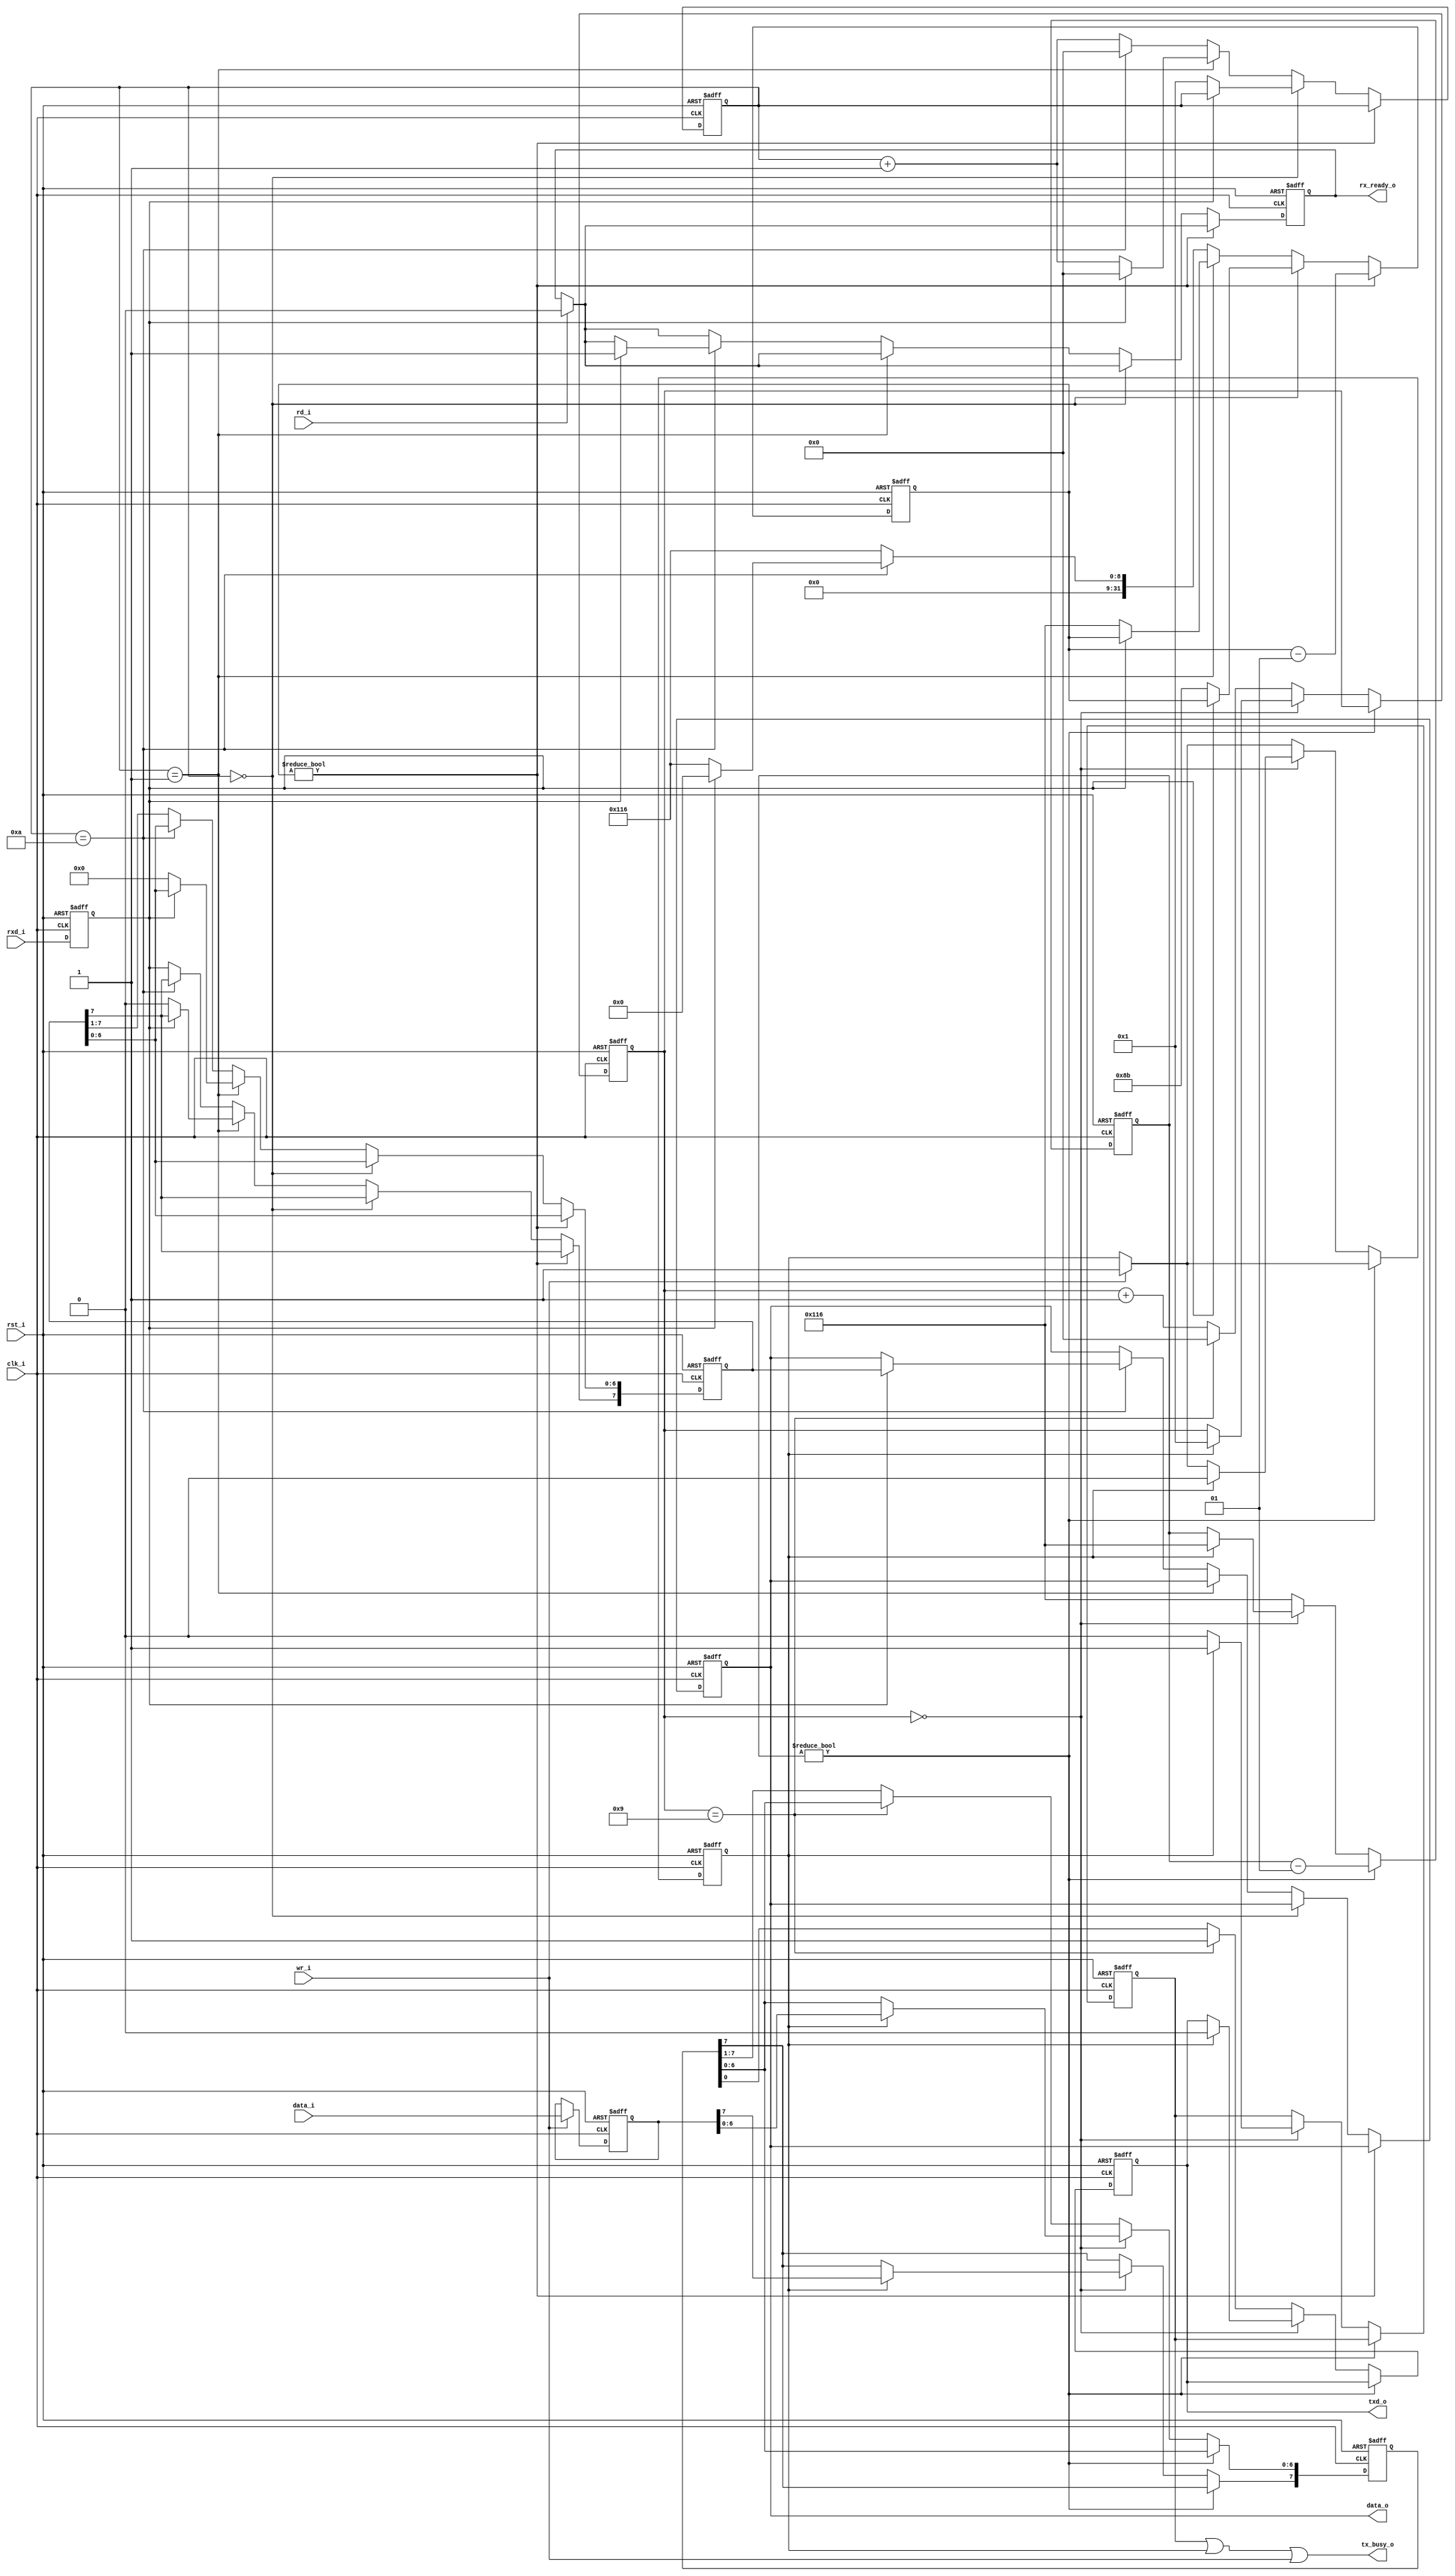
//-----------------------------------------------------------------
//                           AltOR32 
//              Alternative Lightweight OpenRisc 
//                     Ultra-Embedded.com
//                   Copyright 2011 - 2013
//
//
//                       License: LGPL
//
// If you would like a version with a different license for use 
// in commercial projects please contact the above email address 
// for more details.
//-----------------------------------------------------------------
//
// Copyright (C) 2011 - 2013 Ultra-Embedded.com
//
// This source file may be used and distributed without         
// restriction provided that this copyright statement is not    
// removed from the file and that any derivative work contains  
// the original copyright notice and the associated disclaimer. 
//
// This source file is free software; you can redistribute it   
// and/or modify it under the terms of the GNU Lesser General   
// Public License as published by the Free Software Foundation; 
// either version 2.1 of the License, or (at your option) any   
// later version.                                               
//
// This source is distributed in the hope that it will be       
// useful, but WITHOUT ANY WARRANTY; without even the implied   
// warranty of MERCHANTABILITY or FITNESS FOR A PARTICULAR      
// PURPOSE.  See the GNU Lesser General Public License for more 
// details.                                                     
//
// You should have received a copy of the GNU Lesser General    
// Public License along with this source; if not, write to the 
// Free Software Foundation, Inc., 59 Temple Place, Suite 330, 
// Boston, MA  02111-1307  USA
//-----------------------------------------------------------------

//-----------------------------------------------------------------
// Module:
//-----------------------------------------------------------------
module uart
(
    // Clock & Reset
    clk_i,
    rst_i,
    // Status
    tx_busy_o,
    rx_ready_o,
    // Data
    data_i,
    wr_i,
    data_o,
    rd_i,
    // UART pins
    rxd_i,
    txd_o
);
//-----------------------------------------------------------------
// Params
//-----------------------------------------------------------------
parameter  [31:0]    UART_DIVISOR = 278;

//-----------------------------------------------------------------
// I/O
//-----------------------------------------------------------------
input               clk_i /*verilator public*/;
input               rst_i /*verilator public*/;
input [7:0]         data_i /*verilator public*/;
output [7:0]        data_o /*verilator public*/;
input               wr_i /*verilator public*/;
input               rd_i /*verilator public*/;
output              tx_busy_o /*verilator public*/;
output              rx_ready_o /*verilator public*/;
input               rxd_i /*verilator public*/;
output              txd_o /*verilator public*/;

//-----------------------------------------------------------------
// Registers
//-----------------------------------------------------------------
parameter           FULL_BIT = UART_DIVISOR;
parameter           HALF_BIT = (FULL_BIT / 2);

// TX Signals
reg [7:0]           tx_buf;
reg                 tx_buf_full;
reg                 tx_busy;
reg [3:0]           tx_bits;
integer             tx_count;
reg [7:0]           tx_shift_reg;
reg                 txd_o;

// RX Signals
reg                 i_rxd;
reg [7:0]           data_o;
reg [3:0]           rx_bits;
integer             rx_count;
reg [7:0]           rx_shift_reg;
reg                 rx_ready_o;

//-----------------------------------------------------------------
// Re-sync RXD
//-----------------------------------------------------------------
always @ (posedge rst_i or posedge clk_i )
begin
   if (rst_i == 1'b1)
       i_rxd <= 1'b1;
   else
       i_rxd <= rxd_i;
end

//-----------------------------------------------------------------
// RX Process
//-----------------------------------------------------------------
always @ (posedge clk_i or posedge rst_i )
begin
   if (rst_i == 1'b1)
   begin
       rx_bits      <= 0;
       rx_count     <= 0;
       rx_ready_o   <= 1'b0;
       rx_shift_reg <= 8'h00;
       data_o       <= 8'h00;
   end
   else
   begin

       // If reading data, reset data ready state
       if (rd_i == 1'b1)
           rx_ready_o <= 1'b0;

       // Rx bit timer
       if (rx_count != 0)
           rx_count    <= (rx_count - 1);
       else
       begin
           //-------------------------------
           // Start bit detection
           //-------------------------------
           if (rx_bits == 0)
           begin
               // If RXD low, check again in half bit time
               if (i_rxd == 1'b0)
               begin
                   rx_count <= HALF_BIT;
                   rx_bits  <= 1;
               end
           end
           //-------------------------------
           // Start bit (mid bit time point)
           //-------------------------------
           else if (rx_bits == 1)
           begin
               // RXD should still be low at mid point of bit period
               if (i_rxd == 1'b0)
               begin
                   rx_count     <= FULL_BIT;
                   rx_bits      <= rx_bits + 1'b1;
                   rx_shift_reg <= 8'h00;
               end
               // Start bit not still low, reset RX process
               else
               begin
                   rx_bits      <= 0;
               end
           end
           //-------------------------------
           // Stop bit
           //-------------------------------
           else if (rx_bits == 10)
           begin
               // RXD should be still high
               if (i_rxd == 1'b1)
               begin
                   rx_count     <= 0;
                   rx_bits      <= 0;
                   data_o       <= rx_shift_reg;
                   rx_ready_o   <= 1'b1;
               end
               // Bad Stop bit - wait for a full bit period
               // before allowing start bit detection again
               else
               begin
                   rx_count     <= FULL_BIT;
                   rx_bits      <= 0;
               end
           end
           //-------------------------------
           // Data bits
           //-------------------------------
           else
           begin
               // Receive data LSB first
               rx_shift_reg[7]  <= i_rxd;
               rx_shift_reg[6:0]<= rx_shift_reg[7:1];
               rx_count         <= FULL_BIT;
               rx_bits          <= rx_bits + 1'b1;
           end
       end
   end
end

//-----------------------------------------------------------------
// TX Process
//-----------------------------------------------------------------
always @ (posedge clk_i or posedge rst_i )
begin
   if (rst_i == 1'b1)
   begin
       tx_count     <= 0;
       tx_bits      <= 0;
       tx_busy      <= 1'b0;
       txd_o        <= 1'b1;
       tx_shift_reg <= 8'h00;
       tx_buf       <= 8'h00;
       tx_buf_full  <= 1'b0;
   end
   else
   begin

       // Buffer data to transmit
       if (wr_i == 1'b1)
       begin
           tx_buf       <= data_i;
           tx_buf_full  <= 1'b1;
       end

       // Tx bit timer
       if (tx_count != 0)
           tx_count     <= (tx_count - 1);
       else
       begin

           //-------------------------------
           // Start bit (TXD = L)
           //-------------------------------
           if (tx_bits == 0)
           begin

               tx_busy <= 1'b0;

               // Data in buffer ready to transmit?
               if (tx_buf_full == 1'b1)
               begin
                   tx_shift_reg <= tx_buf;
                   tx_busy      <= 1'b1;
                   txd_o        <= 1'b0;
                   tx_buf_full  <= 1'b0;
                   tx_bits      <= 1;
                   tx_count     <= FULL_BIT;
               end
           end
           //-------------------------------
           // Stop bit (TXD = H)
           //-------------------------------
           else if (tx_bits == 9)
           begin
               txd_o    <= 1'b1;
               tx_bits  <= 0;
               tx_count <= FULL_BIT;
           end
           //-------------------------------
           // Data bits
           //-------------------------------
           else
           begin
               // Shift data out LSB first
               txd_o            <= tx_shift_reg[0];
               tx_shift_reg[6:0]<= tx_shift_reg[7:1];
               tx_bits          <= tx_bits + 1'b1;
               tx_count         <= FULL_BIT;
           end
        end
    end
end

//-----------------------------------------------------------------
// Combinatorial
//-----------------------------------------------------------------
assign tx_busy_o = (tx_busy | tx_buf_full | wr_i);

endmodule